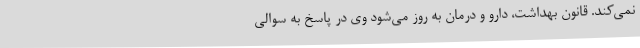
نمی‌کند. قانون بهداشت، دارو و درمان به روز می‌شود وی در پاسخ به سوالی